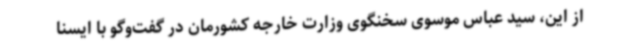
از این، سید عباس موسوی سخنگوی وزارت خارجه کشورمان در گفت‌وگو با ایسنا